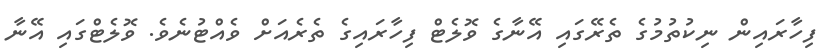
ފިހާރައިން ނިކުތުމުގެ ތެރޭގައި އޭނާގެ ވޮލެޓް ފިހާރައިގެ ތެރެއަށް ވެއްޓުނެވެ. ވޮލެޓްގައި އޭނާ